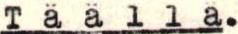
Täällä.